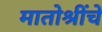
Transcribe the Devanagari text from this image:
मातोश्रींचे